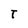
Character: t